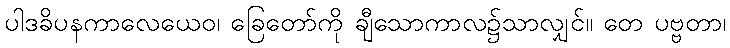
ပါဒခိပနကာလေယေဝ၊ ခြေတော်ကို ချီသောကာလ၌သာလျှင်။ တေ ပဗ္ဗတာ၊